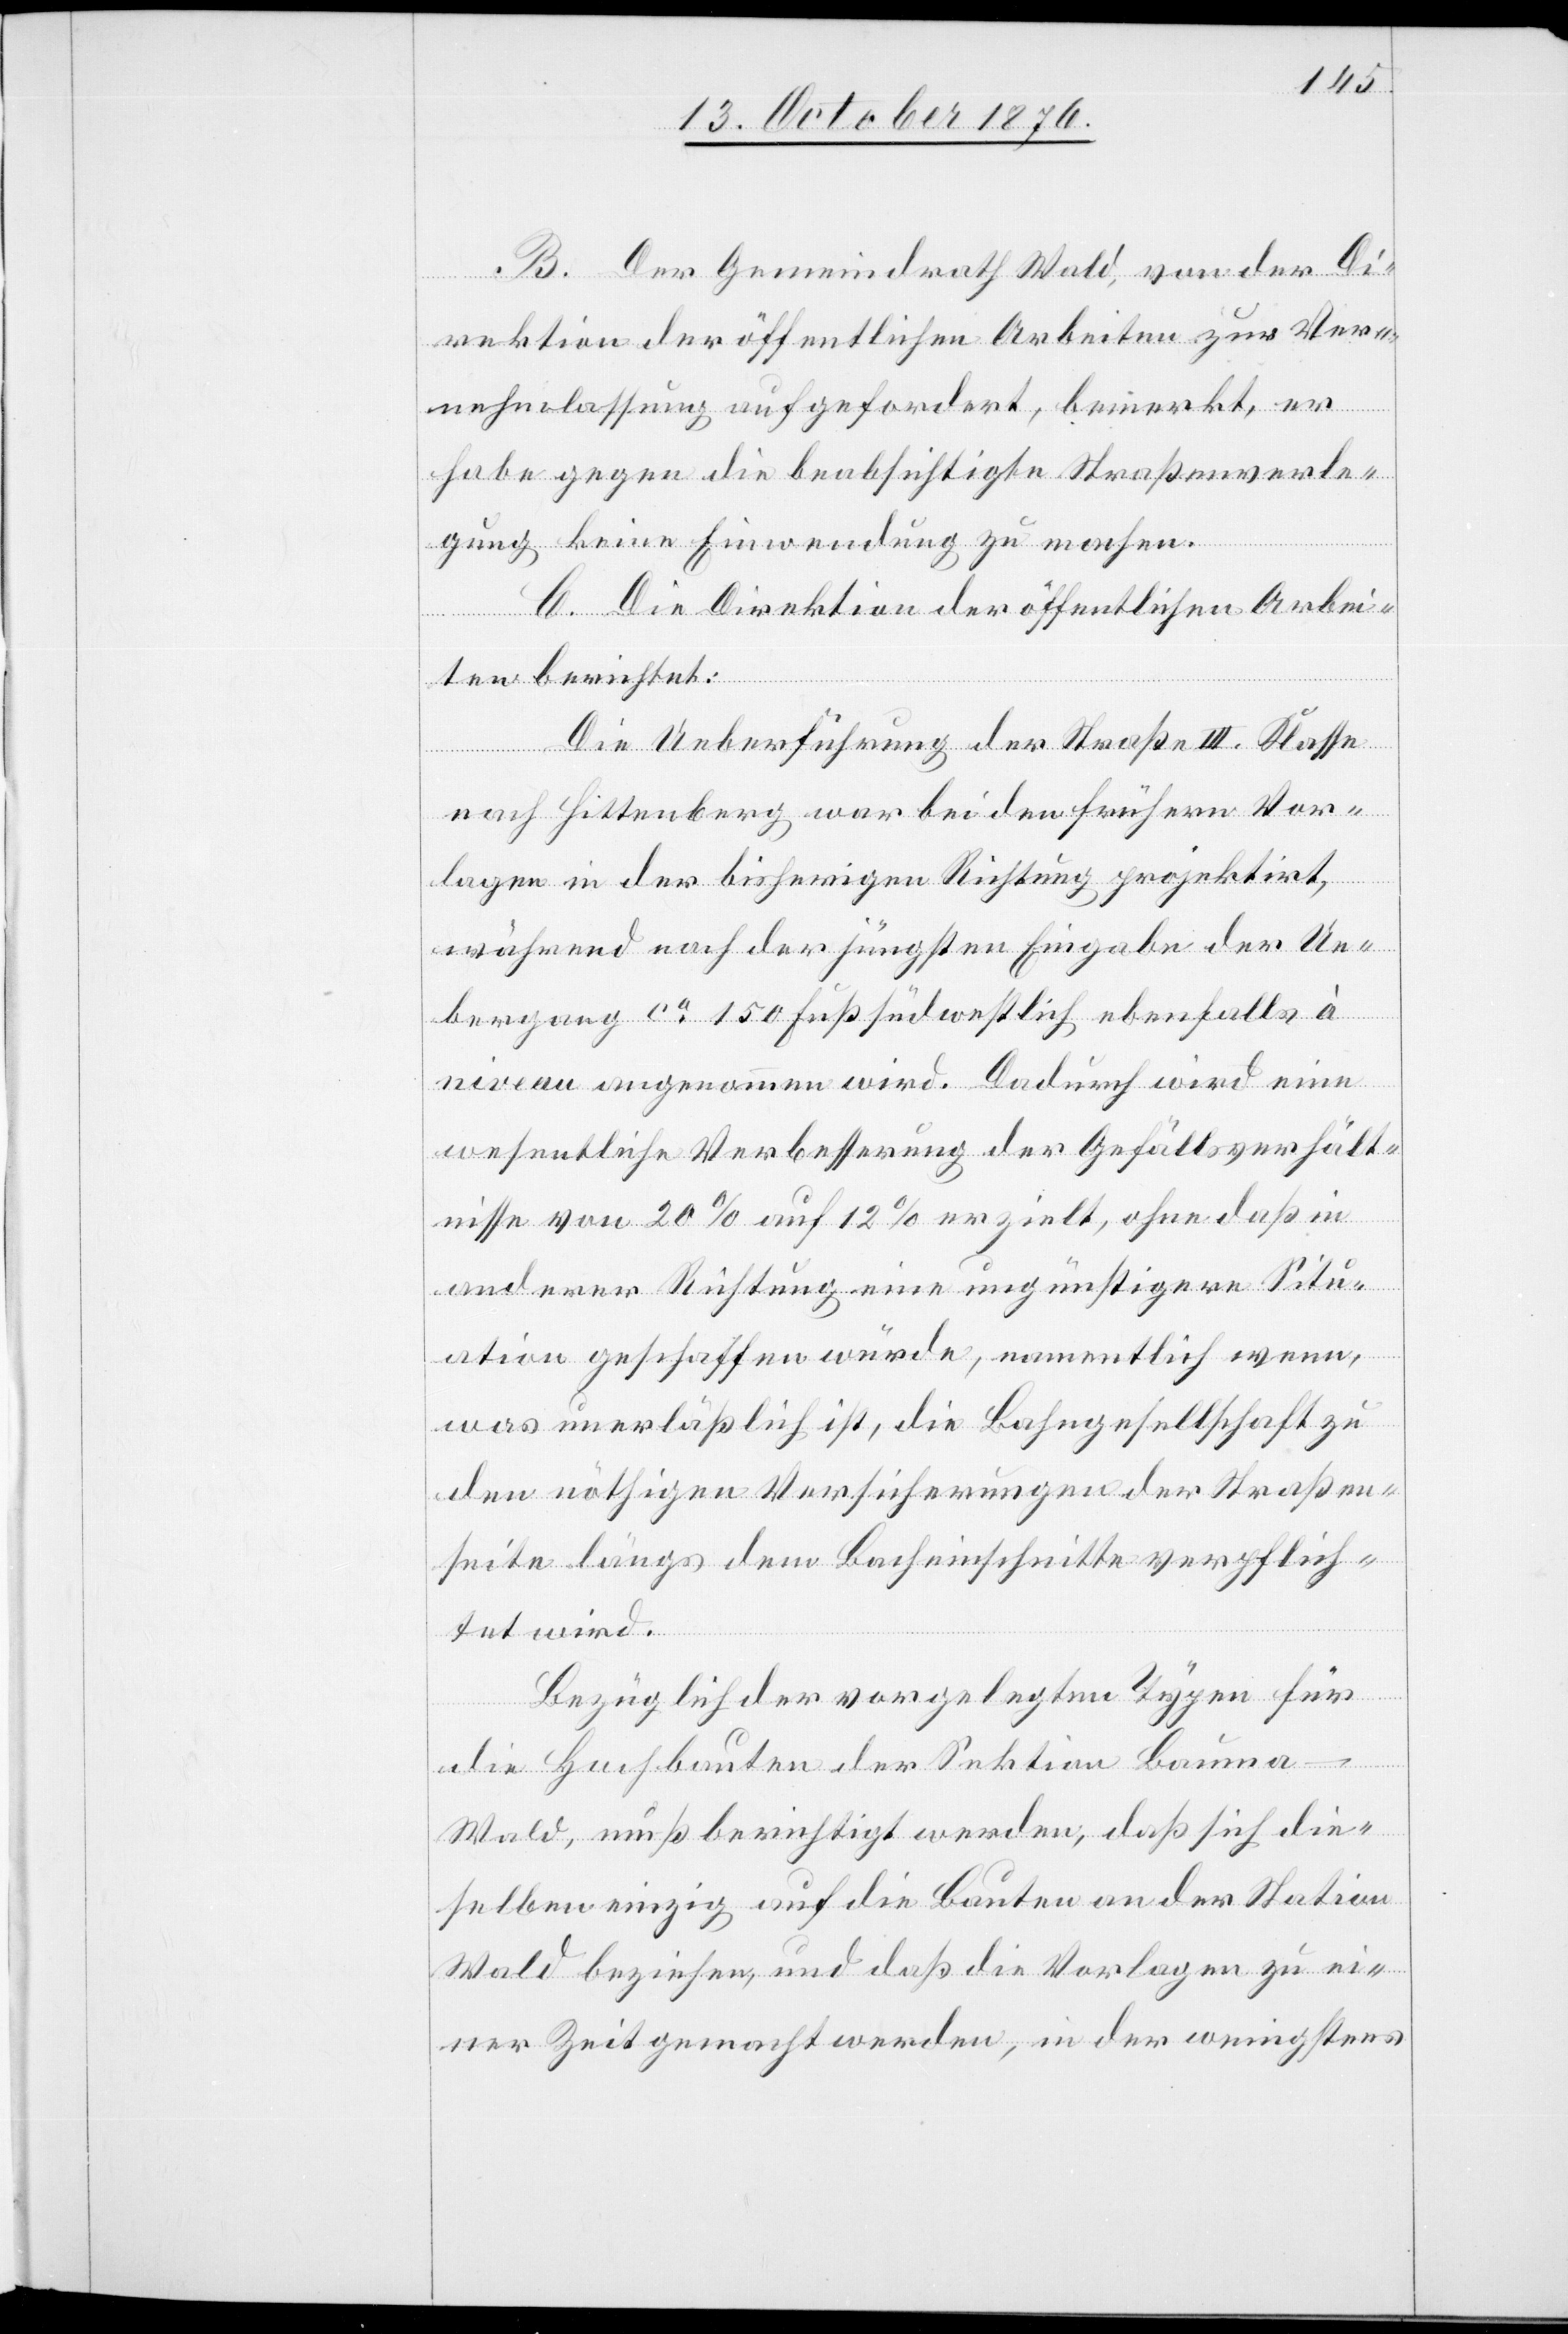
B. Der Gemeindrath Wald, von der Di¬
rektion der öffentlichen Arbeiten zur Ver¬
nehmlassung aufgefordert, bemerkt, er
habe gegen die beabsichtigte Straßenverle¬
gung keine Einwendung zu machen.
C. Die Direktion der öffentlichen Arbei¬
ten berichtet:
Die Ueberführung der Straße III. Klasse
nach Hittenberg war bei den frühern Vor¬
lagen in der bisherigen Richtung projektirt,
während nach der jüngsten Eingabe der Ue¬
bergang ca 150 Fuß südwestlich ebenfalls à
niveau angenommen wird. Dadurch wird eine
wesentliche Verbesserung der Gefällsverhält¬
nisse von 20% auf 12% erzielt, ohne daß in
anderer Richtung eine ungünstigere Situ¬
ation geschaffen würde, namentlich wenn,
was unerläßlich ist, die Bahngesellschaft zu
den nöthigen Versicherungen der Straßen¬
seite längs dem Bacheinschnitte verpflich¬
tet wird.
Bezüglich der vorgelegten Typen für
die Hochbauten der Sektion Bauma–W¬
ald, muß berichtigt werden, daß sich die¬
selben einzig auf die Bauten an der Station
Wald beziehen, und daß die Vorlagen zu ei¬
ner Zeit gemacht werden, in der wenigstens